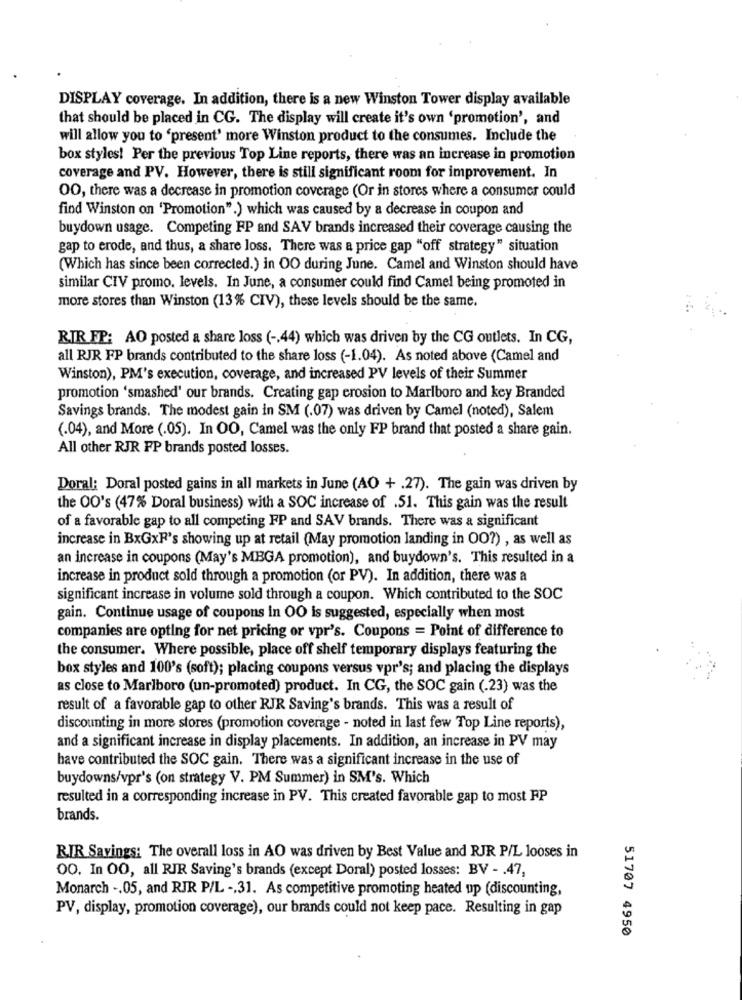
DISPLAY coverage. In addition, there is a new Winston Tower display available
that should be placed in CG. The display will create it's own 'promotion', and
will allow you to 'present' more Winston product to the consumes. Include the
box styles! Per the previous Top Line reports, there was an increase in promotion
coverage and PV. However, there is still significant room for improvement. In
OO, there was a decrease in promotion coverage (Or in stores where a consumer could
find Winston on 'Promotion".) which was caused by a decrease in coupon and
buydown usage. Competing FP and SAV brands increased their coverage causing the
gap to erode, and thus, a share loss. There was a price gap "off strategy" situation
(Which has since been corrected.) in OO during June. Camel and Winston should have
similar CIV promo. levels. In June, a consumer could find Camel being promoted in
more stores than Winston (13% CIV), these levels should be the same.
RIR FP: AO posted a share loss ( -, 44) which was driven by the CG outlets. In CG,
all RJR FP brands contributed to the share loss (-1.04). As noted above (Camel and
Winston), PM's execution, coverage, and increased PV levels of their Summer
promotion 'smashed' our brands. Creating gap erosion to Marlboro and key Branded
Savings brands. The modest gain in SM (.07) was driven by Camel (noted), Salem
(.04), and More (.05). In OO, Camel was the only FP brand that posted a share gain.
All other RJR FP brands posted losses.
Doral: Doral posted gains in all markets in June (AO + .27). The gain was driven by
the OO's (47% Doral business) with a SOC increase of .51. This gain was the result
of a favorable gap to all competing FP and SAV brands. There was a significant
increase in BxGxF's showing up at retail (May promotion landing in OO?) , as well as
an increase in coupons (May's MBGA promotion), and buydown's. This resulted in a
increase in product sold through a promotion (or PV). In addition, there was a
significant increase in volume sold through a coupon. Which contributed to the SOC
gain. Continue usage of coupons in OO is suggested, especially when most
companies are opting for net pricing or vpr's. Coupons = Point of difference to
the consumer. Where possible, place off shelf temporary displays featuring the
box styles and 100's (soft); placing coupons versus vpr's; and placing the displays
as close to Marlboro (un-promoted) product. In CG, the SOC gain (.23) was the
result of a favorable gap to other RJR Saving's brands. This was a result of
discounting in more stores (promotion coverage - noted in last few Top Line reports),
and a significant increase in display placements. In addition, an increase in PV may
have contributed the SOC gain. There was a significant increase in the use of
buydowns/vpr's (on strategy V. PM Summer) in SM's. Which
resulted in a corresponding increase in PV. This created favorable gap to most FP
brands.
RIR Savings: The overall loss in AO was driven by Best Value and RJR P/L looses in
00. In 00, all RIR Saving's brands (except Doral) posted losses: BV - . 47,
Monarch -. 05, and RJR P/L -, 31. As competitive promoting heated up (discounting,
PV, display, promotion coverage), our brands could not keep pace. Resulting in gap
51707 4950